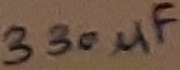
Text: 330µF